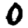
Digit: 0